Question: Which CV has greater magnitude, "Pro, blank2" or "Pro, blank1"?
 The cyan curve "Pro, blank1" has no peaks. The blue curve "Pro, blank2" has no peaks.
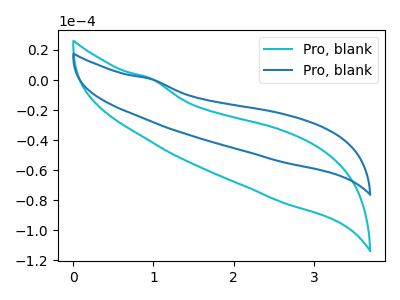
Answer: <think>Neither "Pro, blank2" or "Pro, blank1" have any peaks.
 </think>
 <answer>I cant tell if "Pro, blank2" or "Pro, blank1" has more signal.</answer>
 <eval>mixed_signal</eval>